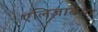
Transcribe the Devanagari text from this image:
एलिज़ाबेथा